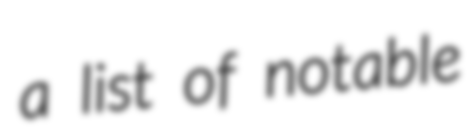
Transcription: a list of notable